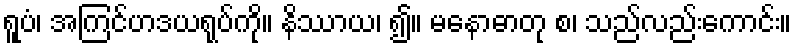
ရူပံ၊ အကြင်ဟဒယရုပ်ကို။ နိဿာယ၊ ၍။ မနောဓာတု စ၊ သည်လည်းကောင်း။